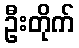
ဦးတိုက်